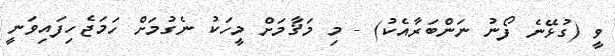
ވީ (ގުޅޭނެ ފޯނު ނަންބަރާއެކު) - މި މަޤާމަށް މީހަކު ނެގުމަށް ހަމަޖެހިފައިވަނީ